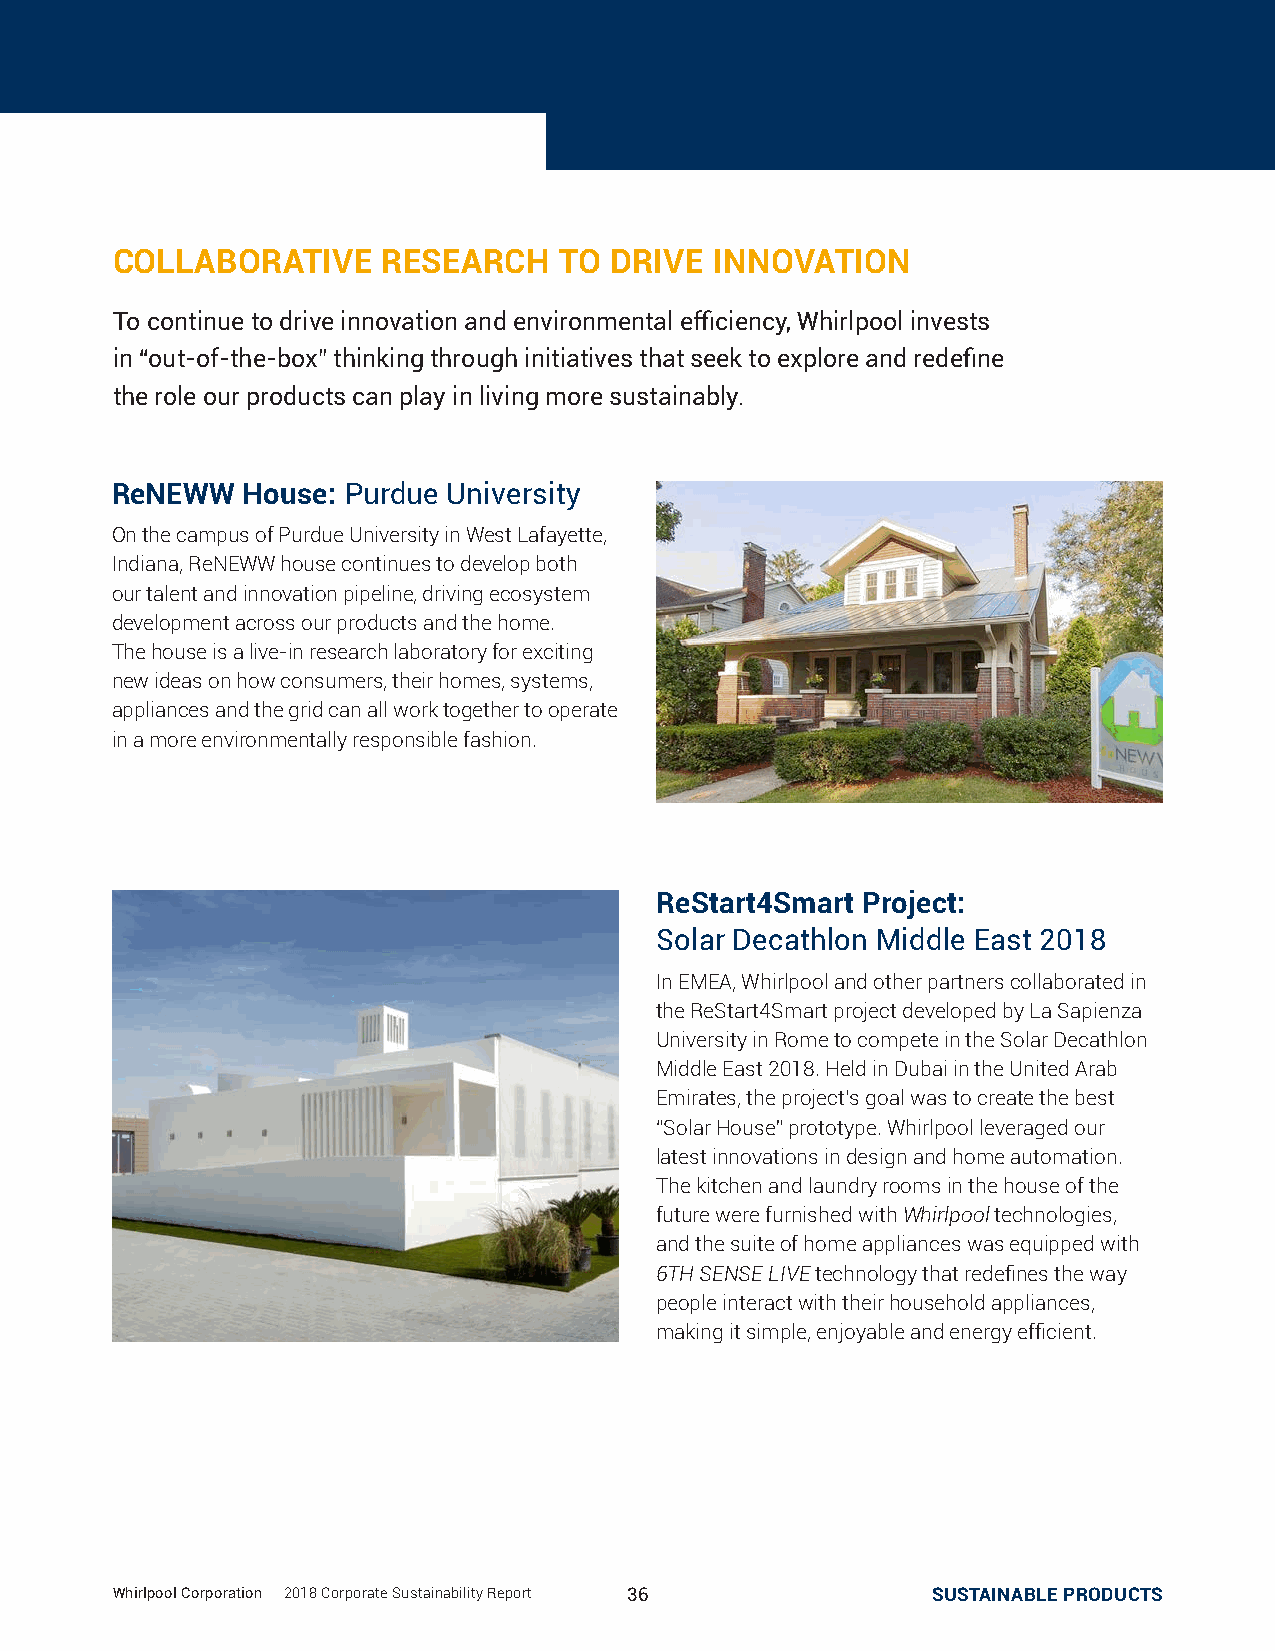
COLLABORATIVE     RESEARCH    TO DRIVE  INNOVATION
 To continue to drive innovation and environmental efficiency, Whirlpool invests
 in “out-of-the-box” thinking through initiatives that seek to explore and redefine
 the role our products can play in living more sustainably.
 ReNEWW   House: Purdue University
 On the campus of Purdue University in West Lafayette,
 Indiana, ReNEWW house continues to develop both
 our talent and innovation pipeline, driving ecosystem
 development across our products and the home.
 The house is a live-in research laboratory for exciting
 new ideas on how consumers, their homes, systems,
 appliances and the grid can all work together to operate
 in a more environmentally responsible fashion.
 ReStart4Smart Project:
 Solar Decathlon Middle East 2018
 In EMEA, Whirlpool and other partners collaborated in
 the ReStart4Smart project developed by La Sapienza
 University in Rome to compete in the Solar Decathlon
 Middle East 2018. Held in Dubai in the United Arab
 Emirates, the project’s goal was to create the best
 “Solar House” prototype. Whirlpool leveraged our
 latest innovations in design and home automation.
 The kitchen and laundry rooms in the house of the
 future were furnished with Whirlpool technologies,
 and the suite of home appliances was equipped with
 6TH SENSE LIVE technology that redefines the way
 people interact with their household appliances,
 making it simple, enjoyable and energy efficient.
 WWhhiirrllppooooll CCoorrppoorraattiioonn || 22001188 CCoorrppoorraattee SSuussttaaiinnaabbiilliittyy RReeppoorrtt 3366 SSUUSSTTAAIINNAABBLLEE PPRROODDUUCCTTSS